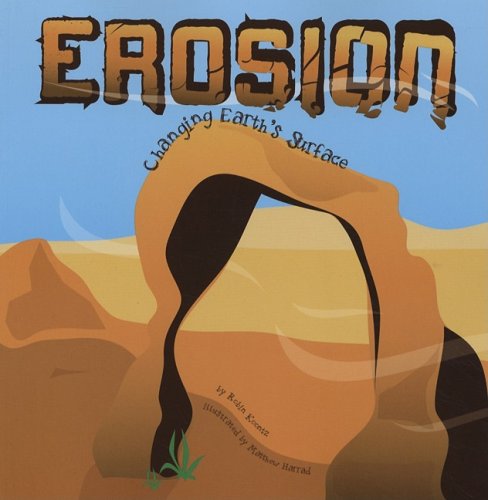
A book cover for Erosion: Changing Earth's Surface (Amazing Science); Robin Koontz; Children's Books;